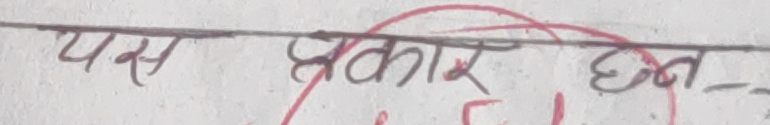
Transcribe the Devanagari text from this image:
यस प्रकार छन्